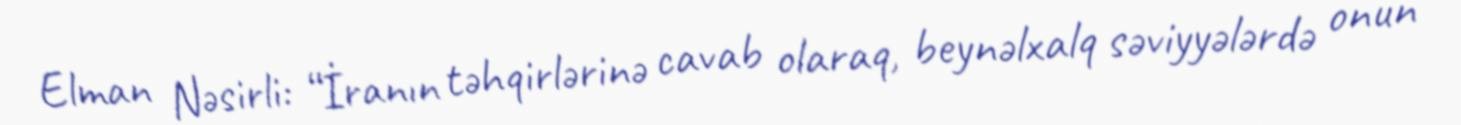
Elman Nəsirli: “İranın təhqirlərinə cavab olaraq, beynəlxalq səviyyələrdə onun